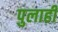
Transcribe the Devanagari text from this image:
पुलाही